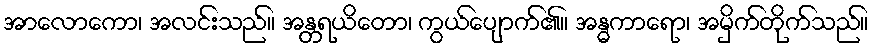
အာလောကော၊ အလင်းသည်။ အန္တရယိတော၊ ကွယ်ပျောက်၏။ အန္ဓကာရော၊ အမှိက်တိုက်သည်။